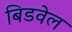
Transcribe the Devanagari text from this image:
बिडवेल